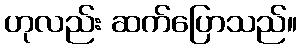
ဟုလည်း ဆက်ပြောသည်။